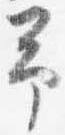
予